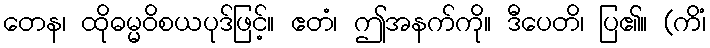
တေန၊ ထိုဓမ္မဝိစယပုဒ်ဖြင့်။ ဧတံ၊ ဤအနက်ကို။ ဒီပေတိ၊ ပြ၏။ (ကိံ၊